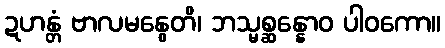
ဍဟန္တံ ဗာလမနွေတိ၊ ဘသ္မစ္ဆန္နောဝ ပါဝကော။